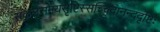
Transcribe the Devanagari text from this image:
सकलसमयसृष्टिस्सच्चिदानन्ददृष्टिः